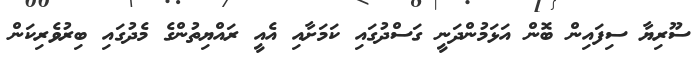
ސޫރިޔާ ސިފައިން ބޮން އަޅަމުންދަނީ ގަސްދުގައި ކަމަށާއި އެއީ ރައްޔިތުންގެ މެދުގައި ބިރުވެރިކަން